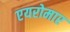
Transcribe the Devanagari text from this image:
एयरोमार